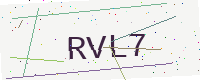
Text: RVL7